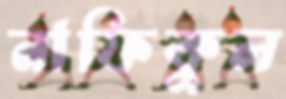
নাফিকুল